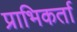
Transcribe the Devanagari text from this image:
प्राभिकर्ता